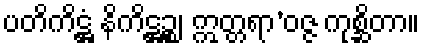
ပတိကိဋ္ဌံ နိကိဋ္ဌဉ္စ၊ ဣတ္တရာ’ဝဇ္ဇ ကုစ္ဆိတာ။